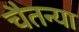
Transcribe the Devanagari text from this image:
चैतन्या